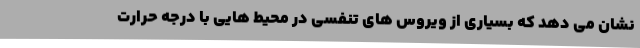
نشان می دهد که بسیاری از ویروس های تنفسی در محیط هایی با درجه حرارت